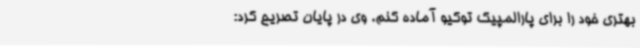
بهتری خود را برای پارالمپیک توکیو آماده کنم. وی در پایان تصریح کرد: